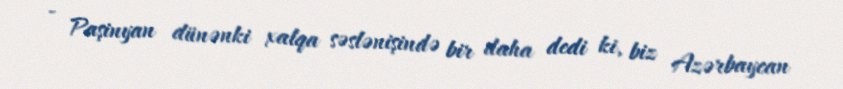
- Paşinyan dünənki xalqa səslənişində bir daha dedi ki, biz Azərbaycan